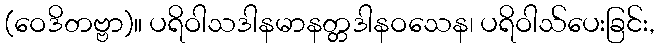
(ဝေဒိတဗ္ဗာ)။ ပရိဝါသဒါနမာနတ္တဒါနဝသေန၊ ပရိဝါသ်ပေးခြင်း,